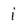
Character: i